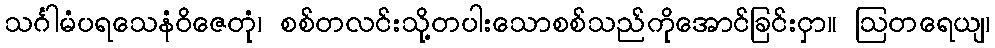
သင်္ဂါမံပရသေနံဝိဇေတုံ၊ စစ်တလင်းသို့တပါးသောစစ်သည်ကိုအောင်ခြင်းငှာ။ ဩတရေယျ၊